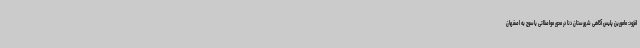
افزود: مامورین پلیس آگاهی شهرستان دنا در محور مواصلاتی یاسوج به اصفهان